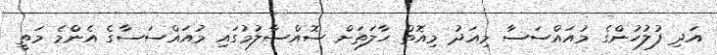
އަދި ފުލުހުންގެ މުއައްސަސާ މިއަދު މިއޮތް ޙާލަތަށް ސޮއްސާލުމުގައި މުއައްސަސާގެ އެންެމެ މަތީ